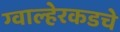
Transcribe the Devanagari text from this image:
ग्वाल्हेरकडचे